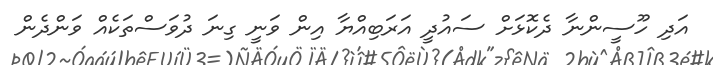
އަދި ހޫސީންނާ ދެކޮޅަށް ސައުދީ އަރަބިއްޔާ އިން ވަނީ ގިނަ ދުވަސްތަކެއް ވަންދެން